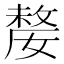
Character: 嫠